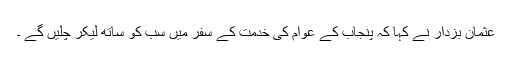
عثمان بزدار نے کہا کہ پنجاب کے عوام کی خدمت کے سفر میں سب کو ساتھ لیکر چلیں گے ۔